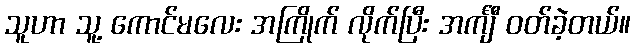
သူဟာ သူ့ ကောင်မလေး အကြိုက် လိုက်ပြီး အင်္ကျီ ဝတ်ခဲ့တယ်။